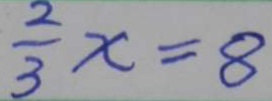
\frac { 2 } { 3 } x = 8